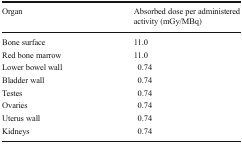
| Organ | Absorbed dose per administered activity (mGy/MBq) |
 | --- | --- |
 | Bone surface | 11.0 |
 | Red bone marrow | 11.0 |
 | Lower bowel wall | 0.74 |
 | Bladder wall | 0.74 |
 | Testes | 0.74 |
 | Ovaries | 0.74 |
 | Uterus wall | 0.74 |
 | Kidneys | 0.74 |